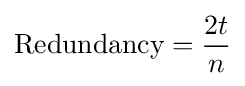
{\text{Redundancy}}={\frac {2t}{n}}